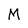
Character: M